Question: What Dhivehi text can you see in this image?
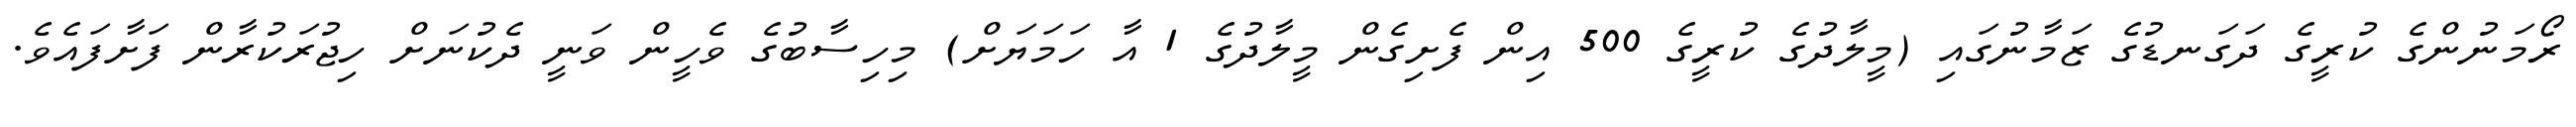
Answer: ރޯމަނުންގެ ކުރީގެ ދަގަނޑުގެ ޒަމާނުގައި (މީލާދުގެ ކުރީގެ 500 އިން ފެށިގެން މީލާދުގެ 1 އާ ހަމަޔަށް) މިހިސާބުގެ ވެހީން ވަނީ ދެކުނަށް ހިޖުރަކުރާން ފަށާފައެވެ.